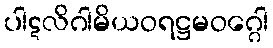
ပါဋလိဂါမိယဝရဋ္ဌမဝဂ္ဂေါ